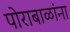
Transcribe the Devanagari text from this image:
पोराबाळांना